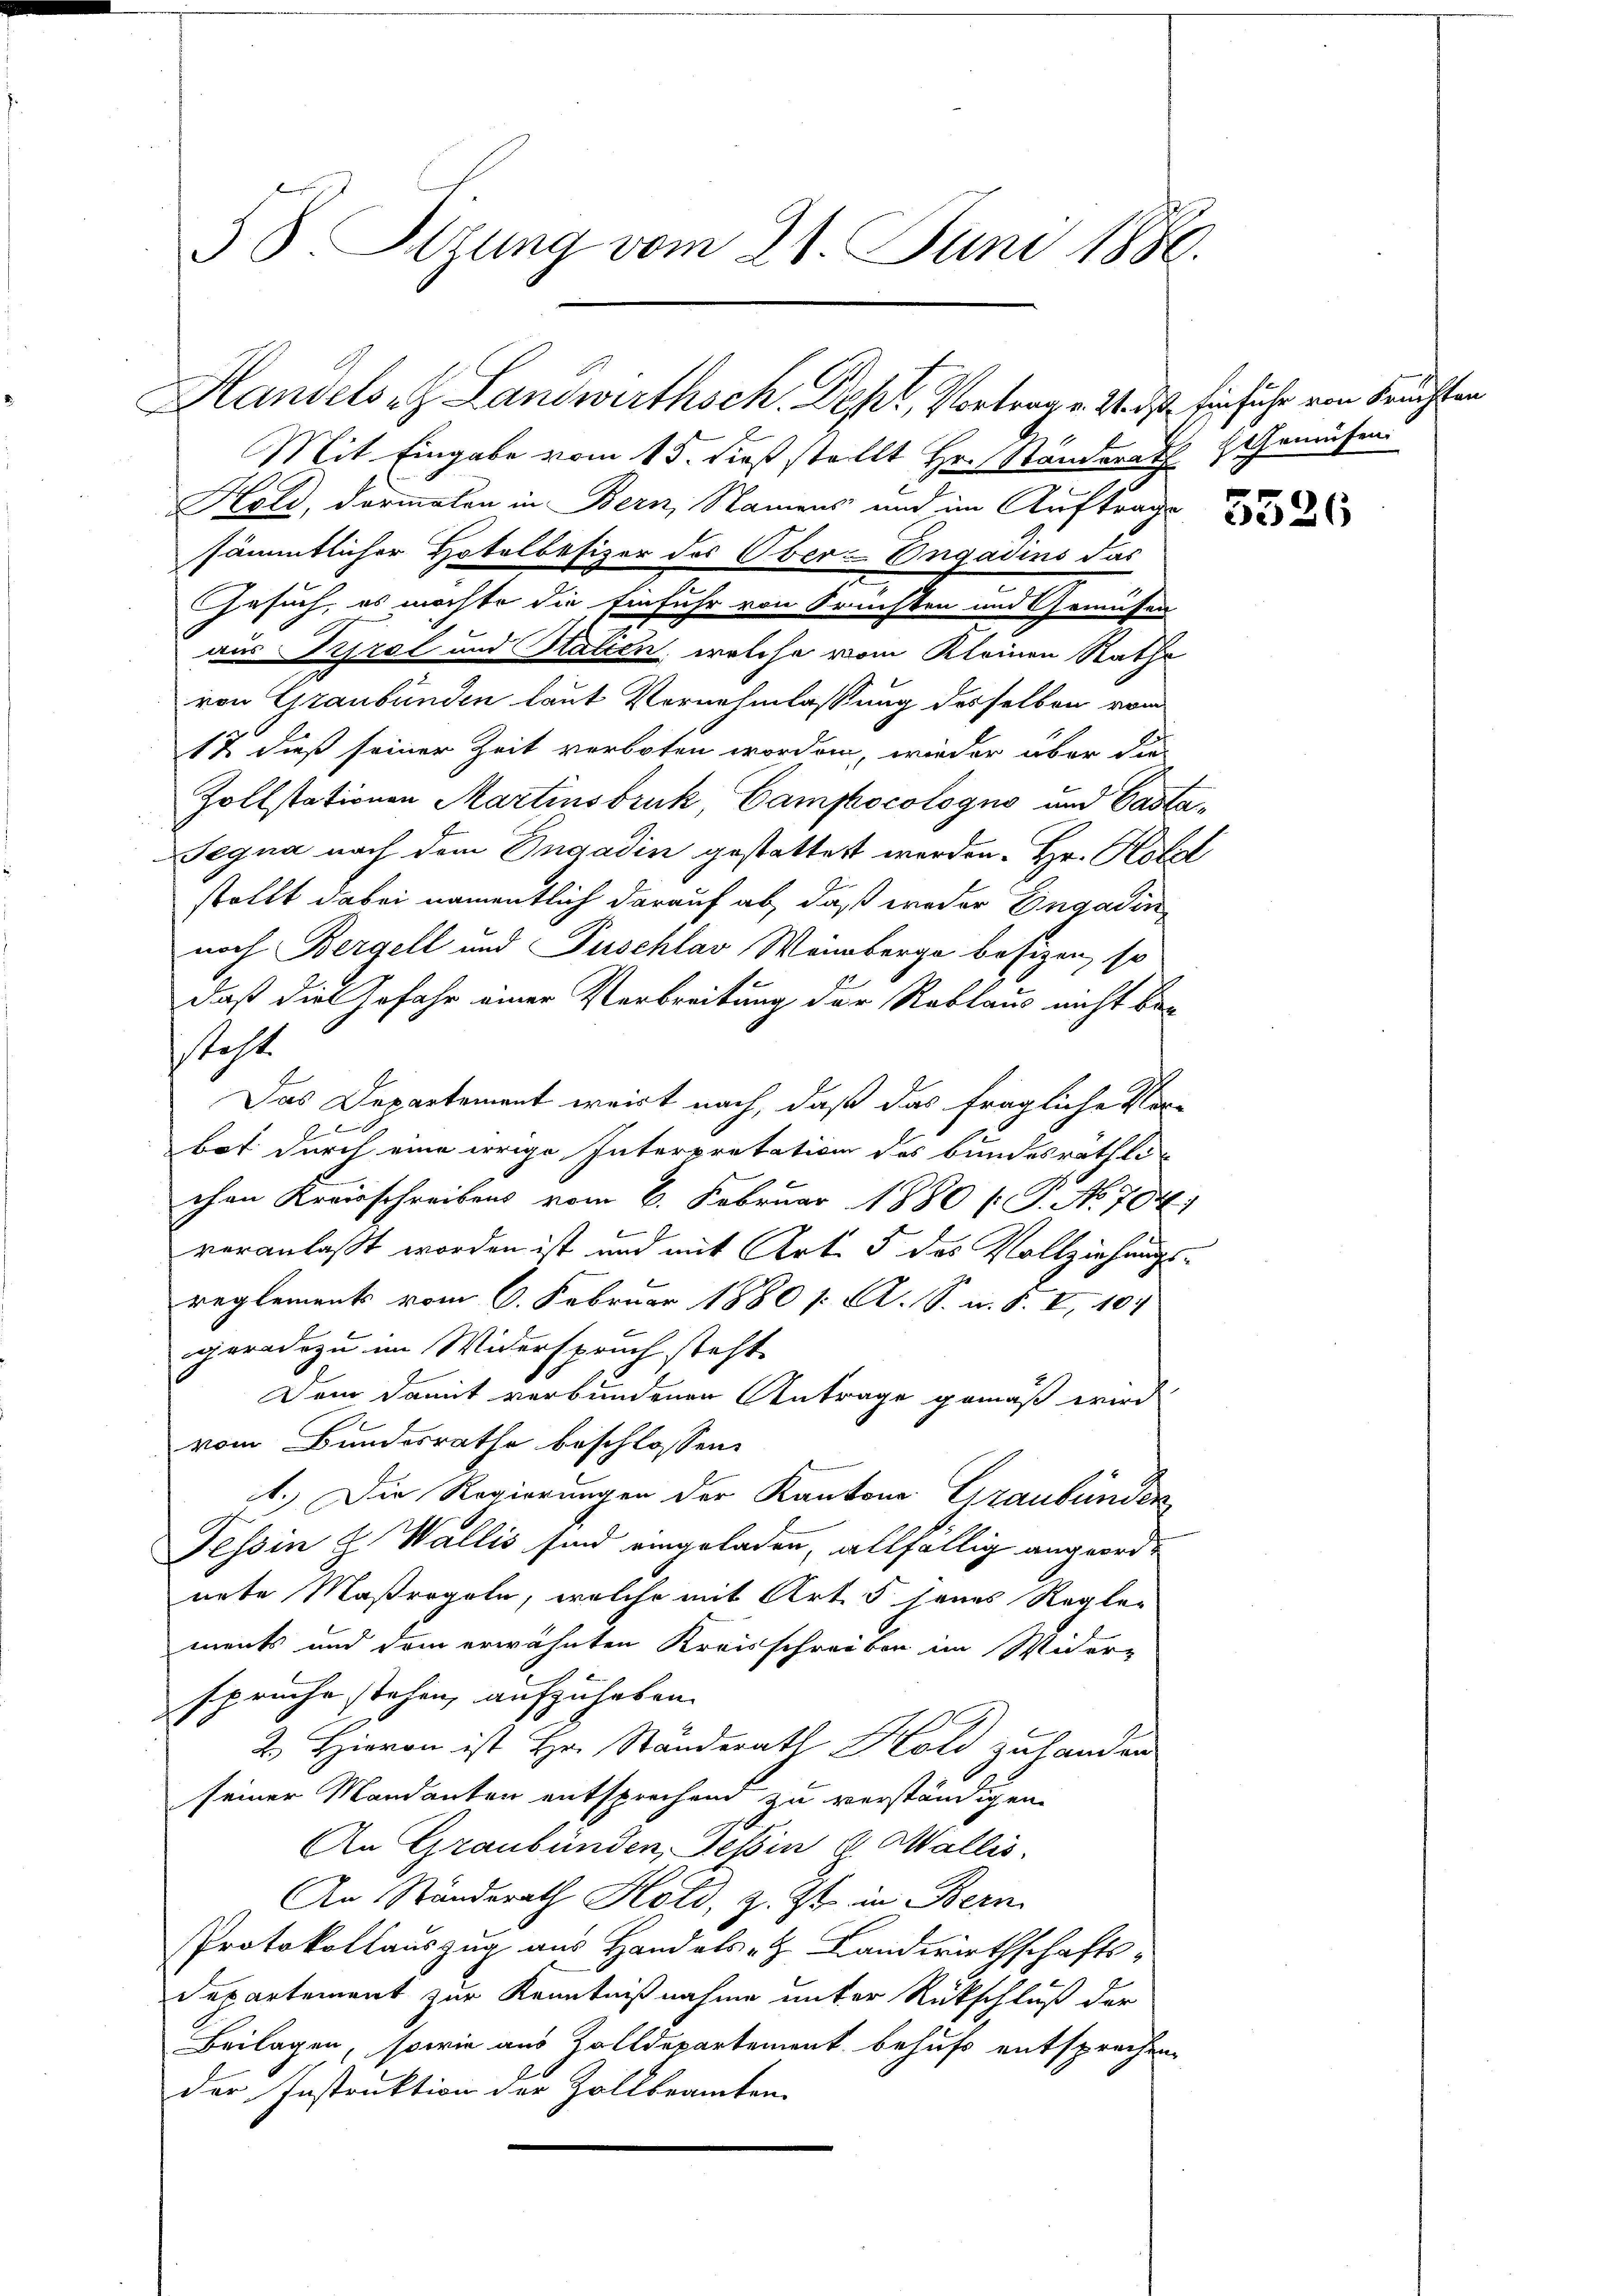
38. Stzung vom 21. Juni 1886.

Handels et Landwirthsch. Dept, Vortrag v. Wirst Einsiche von brachten

1
Mit Eingabe vom 15. dieß stellt Hr. Stander Gemüsen
Hold, darmalen in Bern, Namens und im Auftrage
sämmtlicher Hotelbesizer des Ober-Engadins das
Gesuch, es möchte die Einfuhr von Fruchten und Gemüssen
aus Tirol und Statien, welche vom Kleinen Rathe
von Graubünden laut Vernehmlassung desselben vom
12 dieß seiner Zeit verboten worden, wieder über die
Zollstationen Martinsbruk, Campocologno und Casta
Segna nach dem Engadin gestattest werden. Hr. Holzl
stellt dabei namentlich darauf ab, daß weder Engadin
noch Bergell und Puschlav Weinberge besizen, so
daß die Gefahr einer Verbreitung der Reblaus nicht be-
steht
Das Departement errirt nach, daß das fragliche Vor-

9.
bot durch eine irrige Interpretation des bundesräthli
chen Kreisschreibens vom 6. Februar 1880 /: P. No. 704)
veranlaßt worden ist und mit Art. 5 des Vollziehungsreglements vom 6. Februar 1880 s. A. S. m. S. I 104
geradezu im Widerspruch steht
Dem damit verbundenen Antrage gemäß wird
vom Bundesrathe beschlossen:
st. Die Regierungen der Kantons Graubünden
Tessin J. Wallis sind eingeladen, allfällig angeord-
nete Maßregeln, welche mit Art. 5 jenes Reglements und dem erwähnten Kreisschreiben im Wider-
spruche stehen, aufzuheben.
2. Hievon ist Hr. Ständerath Hold zuhanden
seiner Mandanten entsprechend zu verständigen.
An Graubünden, Tessin & Wallis.
An Standsrath Hold, z. Zt. in Bern
Protokollauszug aus Handelsatz Landwirthschafts¬
Departement zur Kenntnißnahme unter Rückschluß der
Beilagen, sowie aus Zolldepartement behufs entsprechen,
der Instruktion der Zollbeamten.

5526